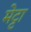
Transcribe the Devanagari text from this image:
मेट्टा